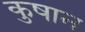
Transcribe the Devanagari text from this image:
कुषान